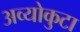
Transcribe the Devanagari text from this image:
अव्योकुटा